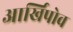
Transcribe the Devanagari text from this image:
आर्खिपोव